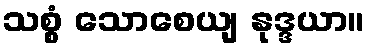
သစ္စံ သောစေယျ နုဒ္ဒယာ။